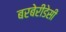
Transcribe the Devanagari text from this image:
बरबेरीडेसी